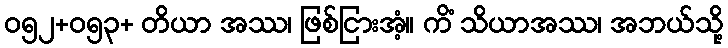
ဝ၅၂+၀၅၃+ တိယာ အဿ၊ ဖြစ်ငြားအံ့။ ကိံ သိယာအဿ၊ အဘယ်သို့